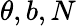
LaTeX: \theta,b,N